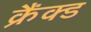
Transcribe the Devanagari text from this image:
क्रैंक्ड